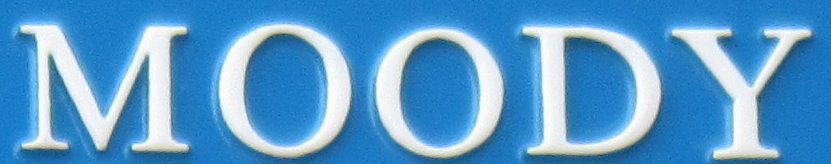
MOODY